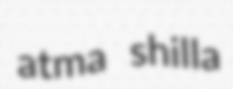
atma shilla